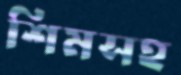
শিমসহ